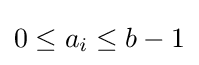
0\leq a_{i}\leq b-1